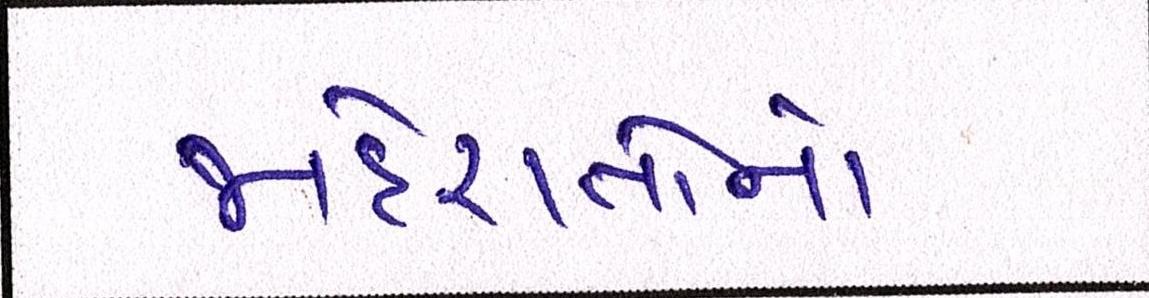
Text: જાહેરાતોનો